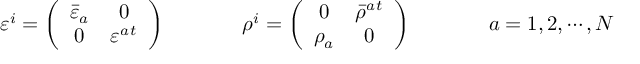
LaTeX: \begin{array} { c c c } { { \varepsilon ^ { i } = \left( \begin{array} { c c } { { \bar { \varepsilon } _ { a } } } & { { 0 } } \\ { { 0 } } & { { \varepsilon ^ { a } { } ^ { t } } } \end{array} \right) ~ ~ ~ ~ } } & { { ~ ~ ~ ~ \rho ^ { i } = \left( \begin{array} { c c } { { 0 } } & { { \bar { \rho } ^ { a } { } ^ { t } } } \\ { { \rho _ { a } } } & { { 0 } } \end{array} \right) ~ ~ ~ ~ } } & { { ~ ~ ~ ~ a = 1 , 2 , \cdots , N } } \end{array}